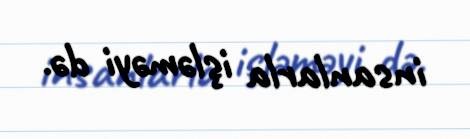
insanlarla işləməyi də.